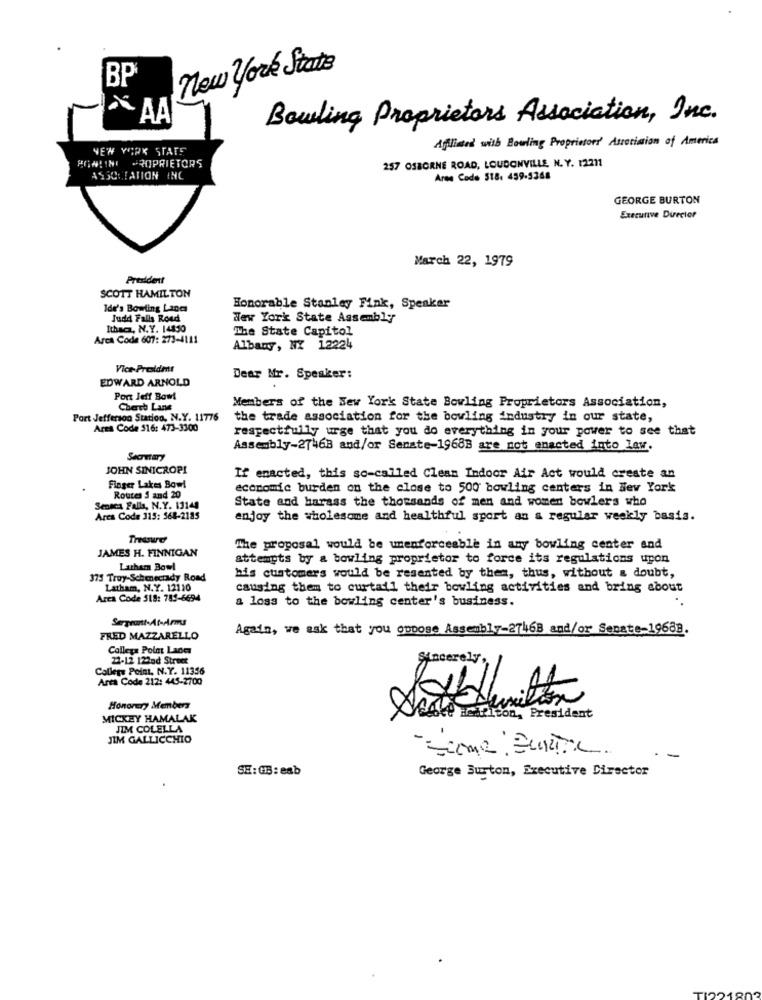
new York State
BP
~~ AA
Bowling Proprietors Association, Inc.
Afiliated with Bowling Proprietors' Association of America
NEW YORK STATE
FONLINE PROPRIETORS
257 OSBORNE ROAD, LOUDONVILLE, N. Y. 12211
ASSOCIATION INC
Area Code 518. 459-5368
GEORGE BURTON
Executive Director
March 22, 1979
Presidentt
SCOTT HAMILTON
Ide's Bowling Lanes
Honorable Stanley Fink, Speaker
Judd Falls Road
New York State Assembly
Ithaca, N.Y. 14850
The State Capitol
Arca Code 607: 273-4111
Albany, NY 12224
Vice-President
EDWARD ARNOLD
Dear Mr. Speaker:
Port Jeff Bowl
Cherth Lane
Members of the New York State Bowling Proprietors Association,
Port Jefferson Station, N.Y. 11776
the trade association for the bowling industry in our state,
Area Code 516: 473-3300
respectfully urge that you do everything in your power to see that
Assembly-27468 and/or Senate-19688 are not enacted into law.
Sommary
JOHN SINICROP!
If enacted, this so-called Clean Indoor Air Act would create an
Finger Lakes Bowl
economic burden on the close to 500 bowling centers in New York
Routes S and 20
State and harass the thousands of men and women bowlers who
Seneca Falls, N.Y. 13148
Area Code 315: 568-2185
enjoy the wholesome and healthful sport an a regular weekly basis.
JAMES H. FINNIGAN
The proposal would be unenforceable in ary bowling center and
attempts by a bowling proprietor to force its regulations upon
Latham Bowl
375 Troy-Schenectady Road
his customers would be resented by them, thus, without a doubt,
Latham, N.Y. 12110
causing them to curtail their bowling activities and bring about
Area Code 518: 785-6694
a loss to the bowling center's business.
Sergeant-At-Arms
Again, we ask that you oppose Assembly-27468 and/or Senate-19688.
FRED MAZZARELLO
Collega Polat Lader
22-12 122nd Street
Sincerely,
Callers Point, N.Y. 11356
Area Code 212: 445-2700
Hernition
Honorery Members
MICKEY HAMALAK
JIM COLELLA
JIM GALLICCHIO
-- come EURTIL
-
SH: GB: eab
George Burton, Executive Director